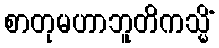
စာတုမဟာဘူတိကသ္မိံ